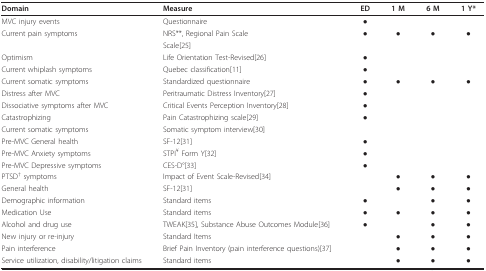
| Domain | Measure | ED | 1 M | 6 M | 1 Y* |
 | --- | --- | --- | --- | --- | --- |
 | MVC injury events | Questionnaire | ● |  |  |  |
 | Current pain symptoms | NRS**, Regional Pain Scale | ● | ● | ● | ● |
 |  | Scale[25] |  |  |  |  |
 | Optimism | Life Orientation Test-Revised[26] | ● |  |  |  |
 | Current whiplash symptoms | Quebec classification[11] | ● |  |  |  |
 | Current somatic symptoms | Standardized questionnaire | ● | ● | ● | ● |
 | Distress after MVC | Peritraumatic Distress Inventory[27] | ● |  |  |  |
 | Dissociative symptoms after MVC | Critical Events Perception Inventory[28] | ● |  |  |  |
 | Catastrophizing | Pain Catastrophizing scale[29] | ● |  |  |  |
 | Current somatic symptoms | Somatic symptom interview[30] |  |  |  |  |
 | Pre-MVC General health | SF-12[31] | ● |  |  |  |
 | Pre-MVC Anxiety symptoms | STPI¥ Form Y[32] | ● |  |  |  |
 | Pre-MVC Depressive symptoms | CES-D°[33] | ● |  |  |  |
 | PTSD† symptoms | Impact of Event Scale-Revised[34] |  | ● | ● | ● |
 | General health | SF-12[31] |  | ● | ● | ● |
 | Demographic information | Standard items | ● |  | ● | ● |
 | Medication Use | Standard items | ● | ● | ● | ● |
 | Alcohol and drug use | TWEAK[35], Substance Abuse Outcomes Module[36] | ● |  | ● | ● |
 | New injury or re-injury | Standard Items |  | ● | ● | ● |
 | Pain interference | Brief Pain Inventory (pain interference questions)[37] |  | ● | ● | ● |
 | Service utilization, disability/litigation claims | Standard items |  | ● | ● | ● |